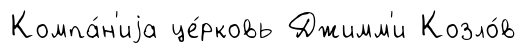
Компа́н'иjа це́рковь Джимм'и Козло́в